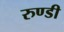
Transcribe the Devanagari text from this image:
रुण्डी